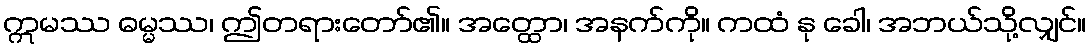
ဣမဿ ဓမ္မဿ၊ ဤတရားတော်၏။ အတ္ထော၊ အနက်ကို။ ကထံ နု ခေါ၊ အဘယ်သို့လျှင်။